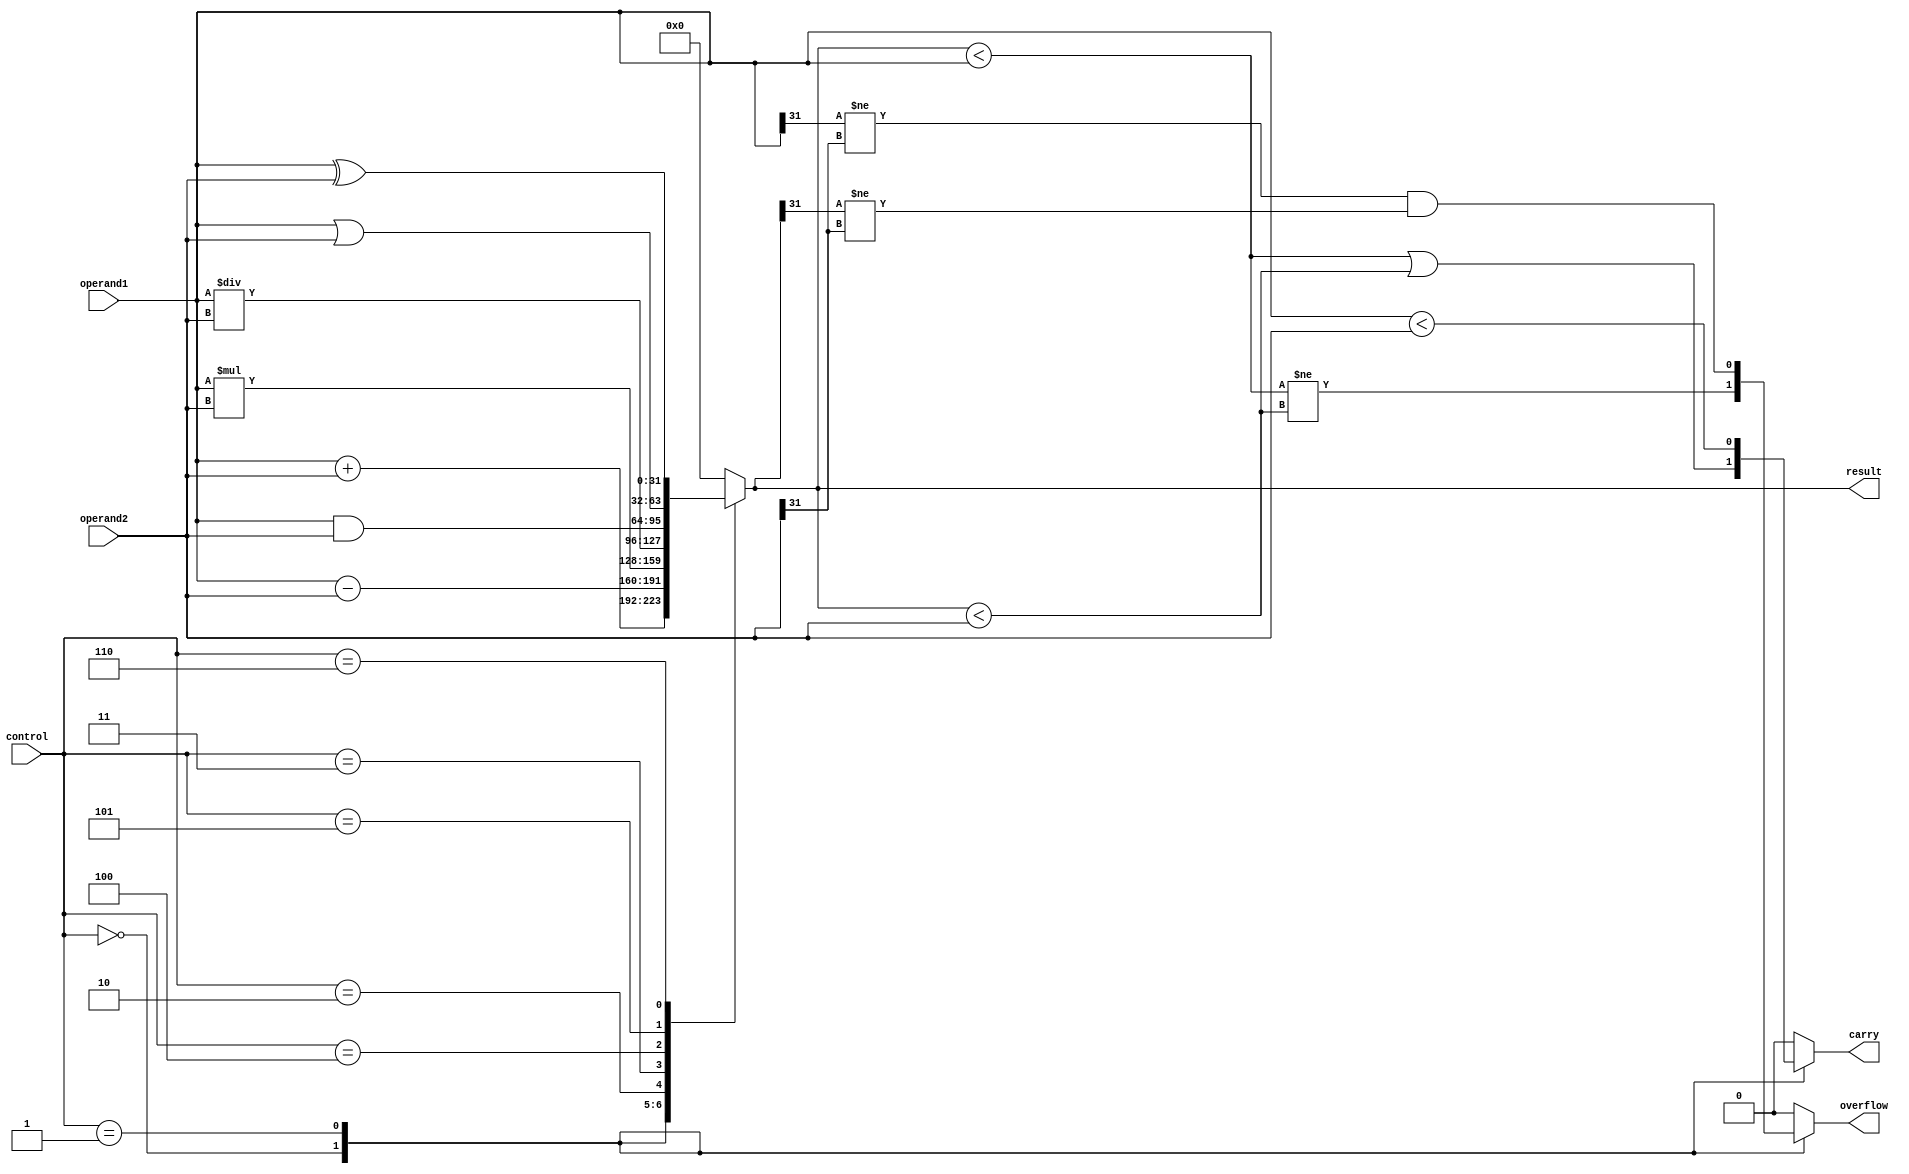
module ALU(
    input [31:0] operand1,
    input [31:0] operand2,
    input [2:0] control,
    output reg [31:0] result,
    output reg carry,
    output reg overflow
);

always @(*)
begin
    case(control)
        3'b000: result = operand1 + operand2; // addition
        3'b001: result = operand1 - operand2; // subtraction
        3'b010: result = operand1 * operand2; // multiplication
        3'b011: result = operand1 / operand2; // division
        3'b100: result = operand1 & operand2; // bitwise AND
        3'b101: result = operand1 | operand2; // bitwise OR
        3'b110: result = operand1 ^ operand2; // bitwise XOR
        default: result = 32'd0; // default to 0
    endcase
end

always @(*)
begin
    case(control)
        3'b000: begin // addition
            carry = (result < operand1) || (result < operand2);
            overflow = (result < operand1) != (result < operand2);
        end
        3'b001: begin // subtraction
            carry = operand1 < operand2;
            overflow = (operand1[31] != operand2[31]) && (result[31] != operand2[31]);
        end
        default: begin
            carry = 1'b0;
            overflow = 1'b0;
        end
    endcase
end

endmodule